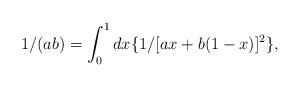
LaTeX: \begin{align*}1/(ab)=\int_{0}^{1} dx\{1/[ax+b(1-x)]^{2}\},\end{align*}